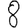
Digit: 8